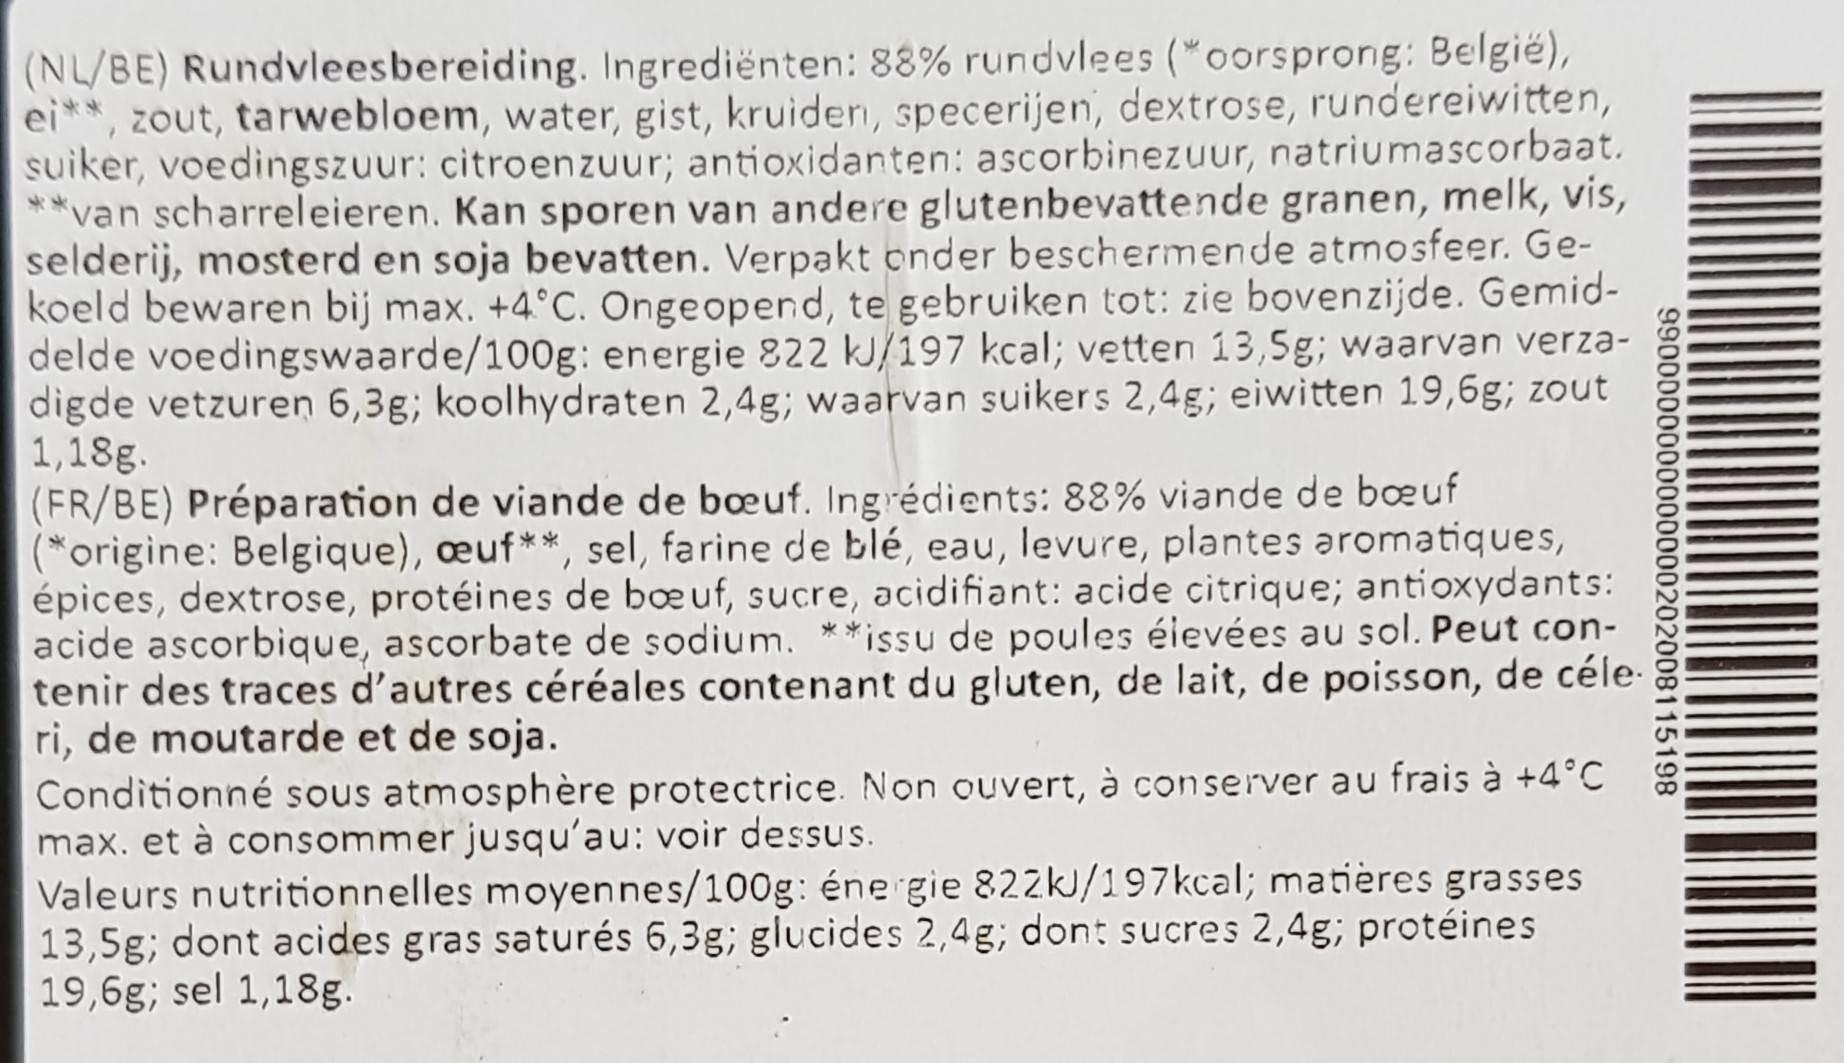
(NL/BE) Rundvleesbereiding. Ingrediënten: 88% rundvlees ("oorsprong: België), ei**, zout, tarwebloem, water, gist, kruidern, specerijen, dextrose, rundereiwitten, suiker, voedingszuur: citroenzuur; antioxidanten: ascorbinezuur, natriumascorbaat. **van scharreleieren. Kan sporen van andere glutenbevattende granen, melk, vis, selderij, mosterd en soja bevatten. Verpakt onder beschermende atmosfeer. Ge- koeld bewaren bij max. +4°C. Ongeopend, te gebruiken tot: zie bovenzijde. Gemid- delde voedingswaarde/100g: energie 822 kJ/197 kcal; vetten 13,5g; waarvan verza- digde vetzuren 6,3g; koolhydraten 2,4g; waarvan suikers 2,4g; eiwitten 19,6g; zout 1,18g. (FR/BE) Préparation de viande de beuf. Ingrédients: 88% viande de boeuf (*origine: Belgique), œuf**, sel, farine de blé, eau, levure, plantes aromatiques, épices, dextrose, protéines de boeuf, sucre, acidifiant: acide citrique; antioxydants: acide ascorbique, ascorbate de sodium. **issu de poules éievées au sol. Peut con- tenir des traces d'autres céréales contenant du gluten, de lait, de poisson, de céle- ri, de moutarde et de soja. Conditionné sous atmosphère protectrice. Non ouvert, à conserver au frais à +4°C max. et à consommer jusqu'au: voir dessus. Valeurs nutritionnelles moyennes/100g: éne gie 822kJ/197 kcal; matières grasses 13,5g; dont acides gras saturés 6,3g; glucides 2,4g; dont sucres 2,4g; protéines 19,6g; sel 1,18g.
9900000000000000202008115198